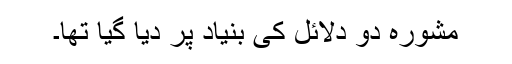
مشورہ دو دلائل کی بنیاد پر دیا گیا تھا۔